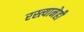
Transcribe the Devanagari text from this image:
रस्त्यानेही